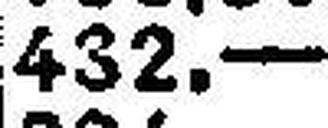
432.—